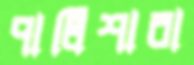
পালিশারা